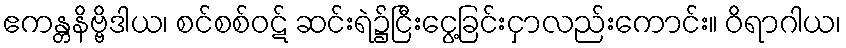
ဧကန္တနိဗ္ဗိဒါယ၊ စင်စစ်ဝဋ် ဆင်းရဲ၌ငြီးငွေ့ခြင်းငှာလည်းကောင်း။ ဝိရာဂါယ၊